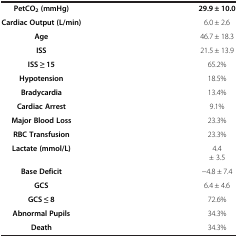
|  |  |
 | --- | --- |
 | PetCO2 (mmHg) | 29.9 ± 10.0 |
 | Cardiac Output (L/min) | 6.0 ± 2.6 |
 | Age | 46.7 ± 18.3 |
 | ISS | 21.5 ± 13.9 |
 | ISS ≥ 15 | 65.2% |
 | Hypotension | 18.5% |
 | Bradycardia | 13.4% |
 | Cardiac Arrest | 9.1% |
 | Major Blood Loss | 23.3% |
 | RBC Transfusion | 23.3% |
 | Lactate (mmol/L) | 4.4± 3.5 |
 | Base Deficit | −4.8 ± 7.4 |
 | GCS | 6.4 ± 4.6 |
 | GCS ≤ 8 | 72.6% |
 | Abnormal Pupils | 34.3% |
 | Death | 34.3% |